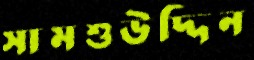
সামশুউদ্দিন